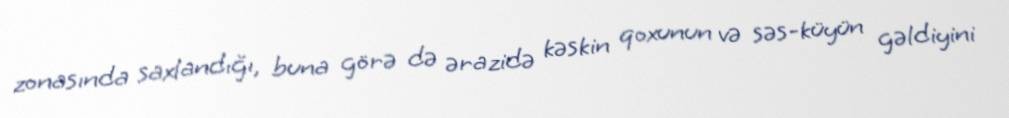
zonasında saxlandığı, buna görə də ərazidə kəskin qoxunun və səs-küyün gəldiyini